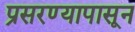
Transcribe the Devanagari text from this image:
प्रसरण्यापासून